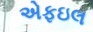
એફઇલ